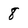
Character: 8